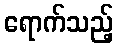
ရောက်သည့်